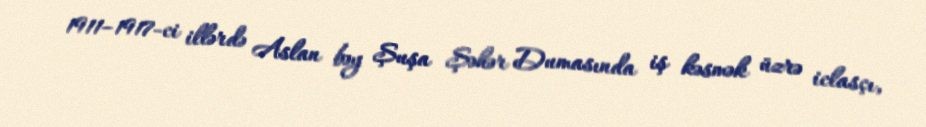
1911–1917-ci illərdə Aslan bəy Şuşa Şəhər Dumasında iş kəsmək üzrə iclasçı,